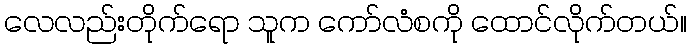
လေလည်းတိုက်ရော သူက ကော်လံစကို ထောင်လိုက်တယ်။